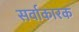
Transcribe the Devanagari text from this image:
सर्वाकारक